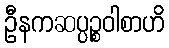
ဦနကဆပ္ပဉ္စဝါစာဟိ